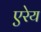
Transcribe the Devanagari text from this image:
एरेय